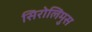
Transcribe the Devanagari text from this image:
सिरोलिमुस